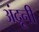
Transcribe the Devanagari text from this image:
अंद्रूनी